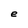
Character: e